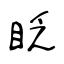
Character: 眨